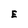
Character: E